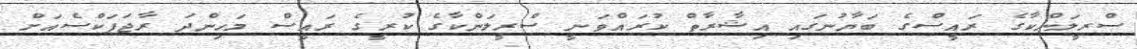
ސްރީލަންކާގެ ރައީސްގެ ބަޔާނުގައި އިޝާރާތް ކުރައްވަނީ ސްރީލަންކާގެ ކުރީގެ ރައީސް މަހިންދަ ރާޖަޕަކްސެއަށް